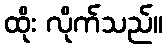
ထိုး လိုက်သည်။